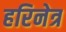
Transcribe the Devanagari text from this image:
हरिनेत्र